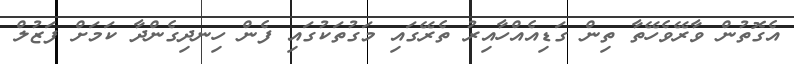
އެގޮތުން ވާރޭވެހޭތާ ތިން ގަޑިއެއްހާއިރު ތެރޭގައި މަގުތަކުގައި ފެން ހިނދިގެންދާ ކަމަށް ފަޒުލް